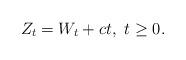
LaTeX: \begin{align*}Z_t=W_t+c t, ~t\geq 0.\end{align*}